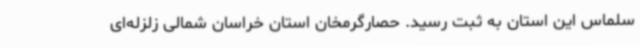
سلماس این استان به ثبت رسید. حصارگرمخان استان خراسان شمالی زلزله‌ای